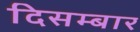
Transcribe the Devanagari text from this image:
दिसम्बार